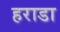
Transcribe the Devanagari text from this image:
हराडा